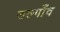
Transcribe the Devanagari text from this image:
डल्गाँव